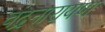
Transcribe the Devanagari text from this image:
चंद्रनारायण